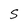
Character: S